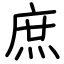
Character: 庶